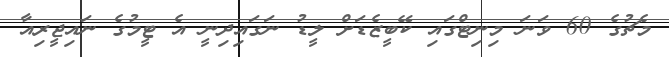
މެޗުގެ 60 ވަނަ މިނިޓްގައި ކޭބީޒެޑަށް ލީޑު ނަގައިދިނީ އެ ޓީމުގެ ނައިޖީރިއާ